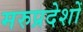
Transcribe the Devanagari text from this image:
मरुप्रदेशों